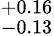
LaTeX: ^{+0.16}_{-0.13}